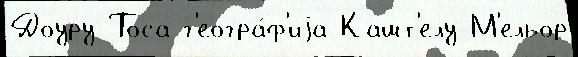
Доуру Тоса г'еогра́ф'иjа Кашт'елу-М'ельор